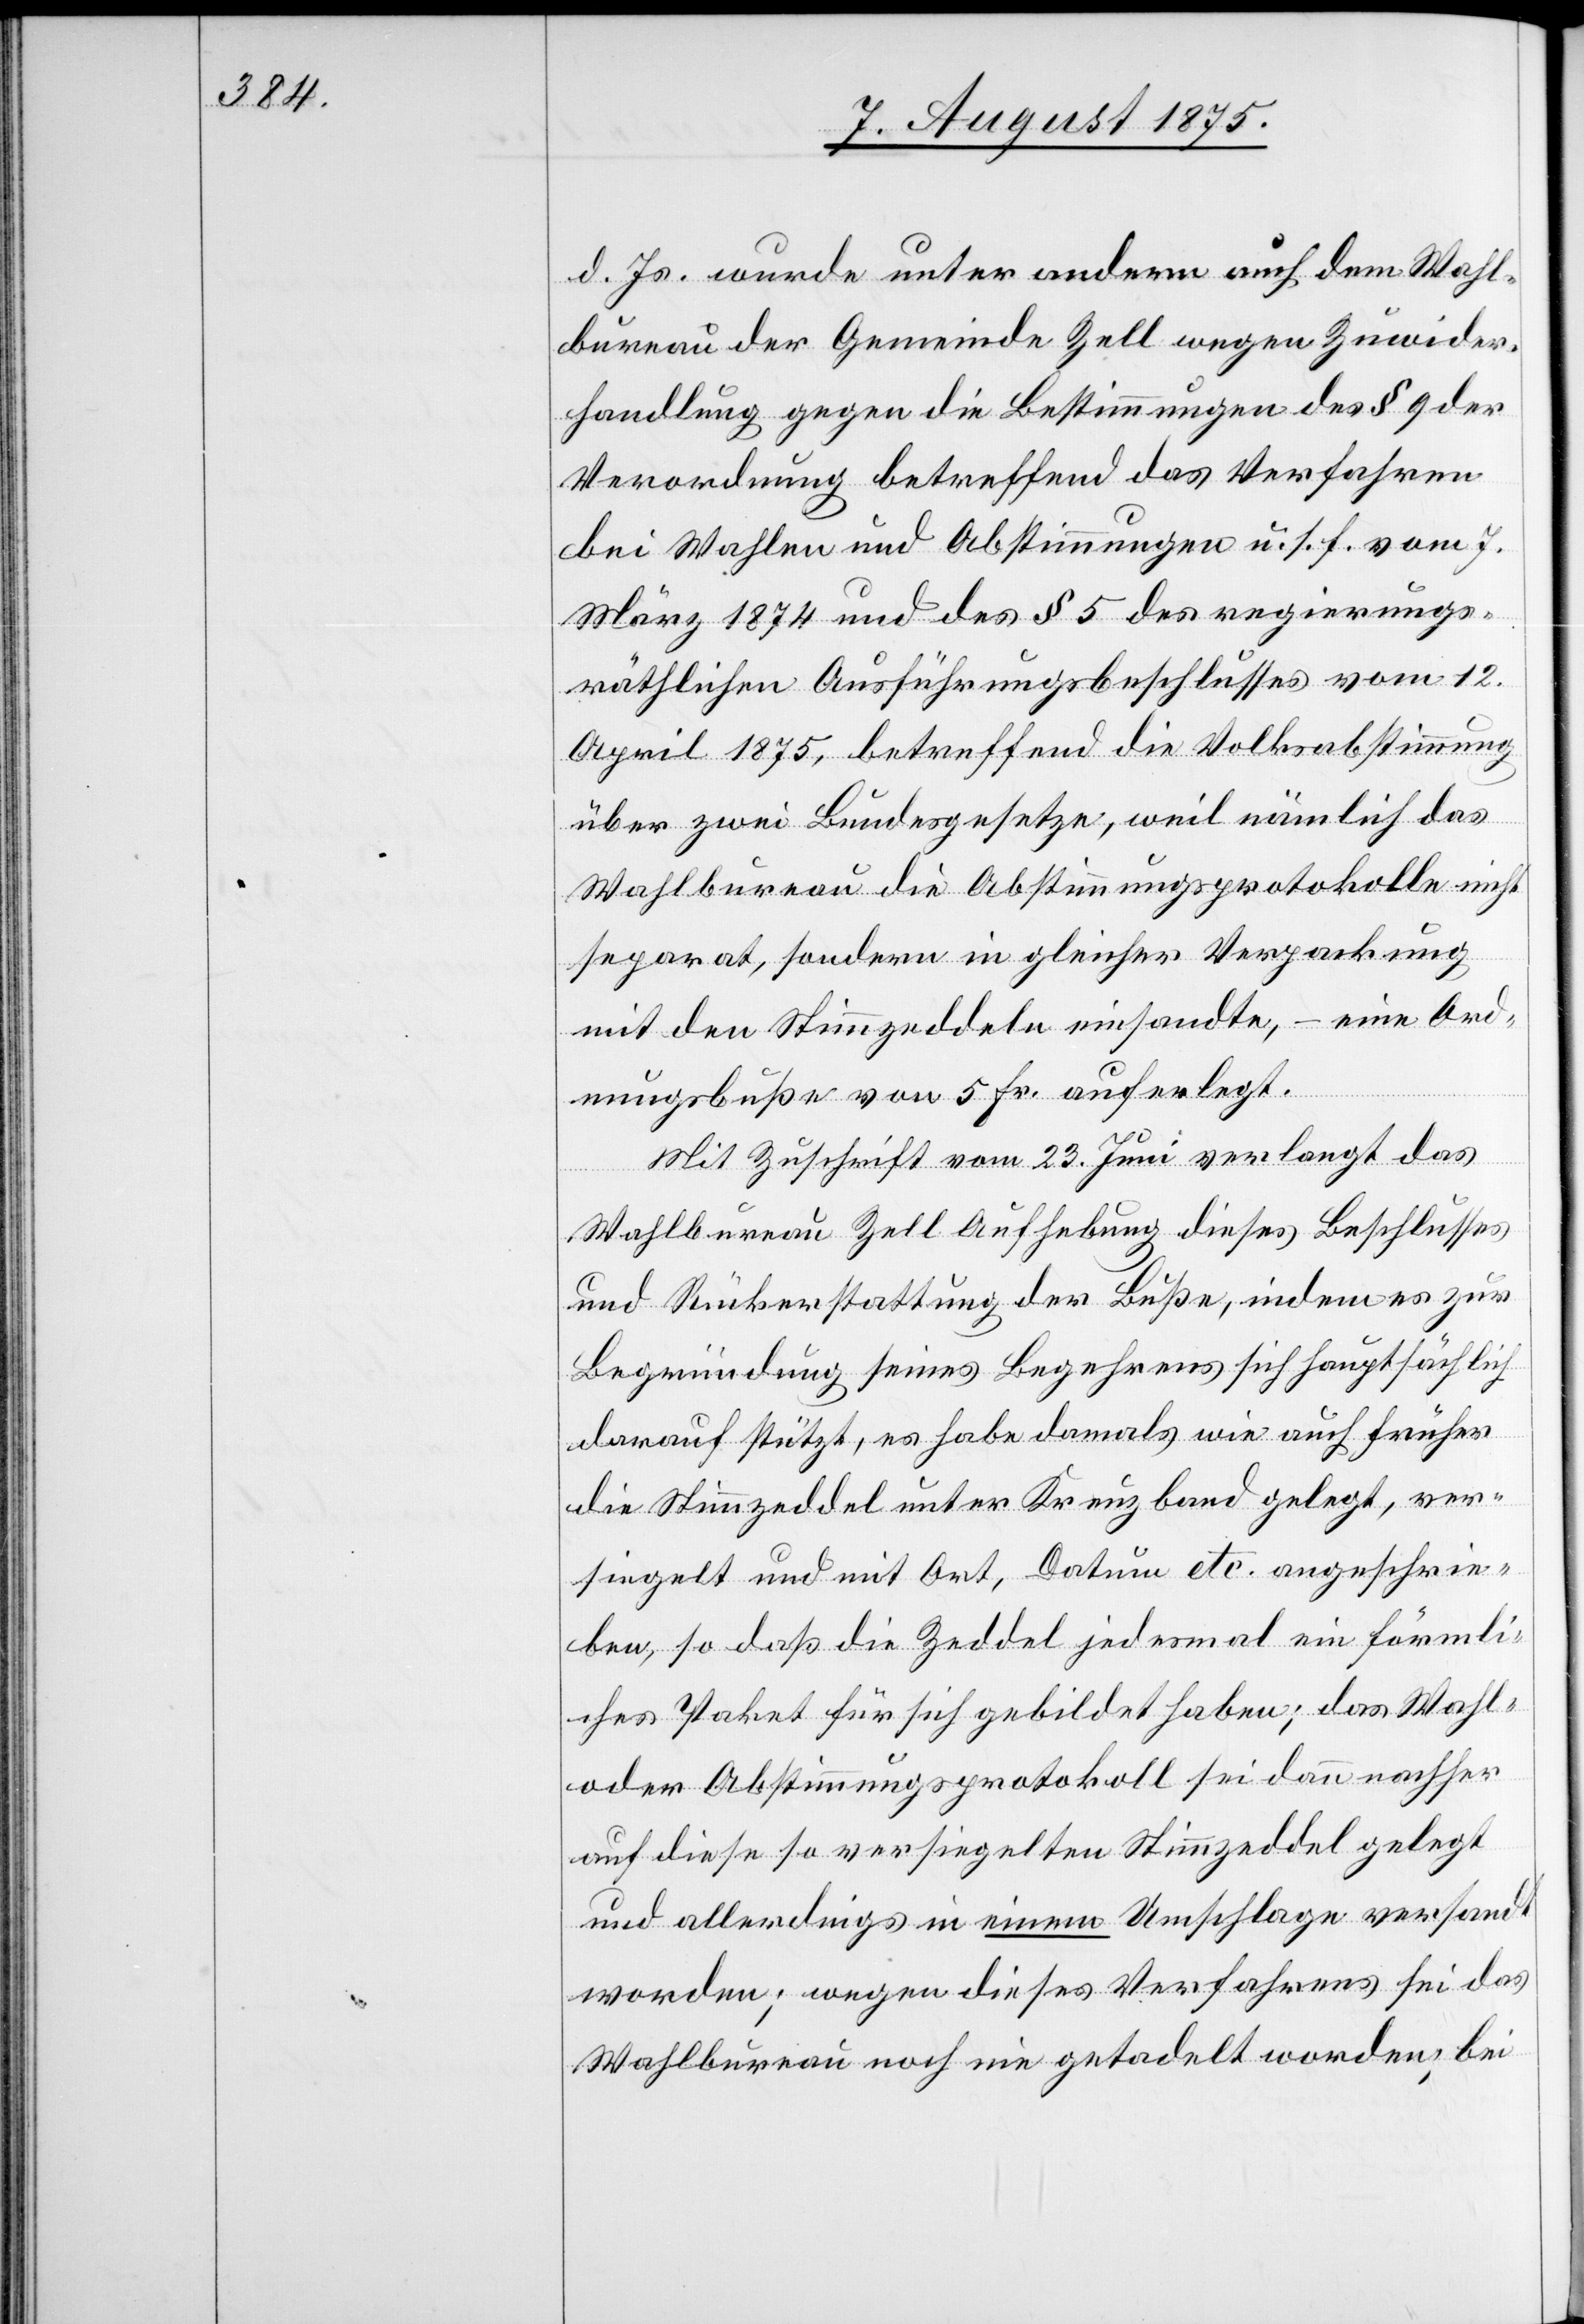
d. Js. wurde unter anderm auch dem Wahl¬
bureau der Gemeinde Zell wegen Zuwider¬
handlung gegen die Bestimmungen des § 9 der
Verordnung betreffend das Verfahren
bei Wahlen und Abstimmungen u. s. f. vom 7.
März 1874 und des § 5 des regierungs¬
räthlichen Ausführungsbeschlusses vom 12.
April 1875, betreffend die Volksabstimmung
über zwei Bundesgesetze, weil nämlich das
Wahlbureau die Abstimmungsprotokolle nicht
separat, sondern in gleicher Verpackung
mit den Stimmzeddeln einsandte, – eine Ord¬
nungsbuße von 5 Fr. auferlegt.
Mit Zuschrift vom 23. Juni verlangt das
Wahlbureau Zell Aufhebung dieses Beschlusses
und Rückerstattung der Buße, indem es zur
Begründung seines Begehrens sich hauptsächlich
darauf stützt, es habe damals wie auch früher
die Stimmzeddel unter Kreuzband gelegt, ver¬
siegelt und mit Ort, Datum etc. angeschrie¬
ben, so daß die Zeddel jedesmal ein förmli¬
ches Paket für sich gebildet haben; das Wahl-
oder Abstimmungsprotokoll sei dann nachher
auf diese so versiegelten Stimmzeddel gelegt
und allerding in einem Umschlage versandt
worden; wegen dieses Verfahrens sei das
Wahlbureau noch nie getadelt worden; bei